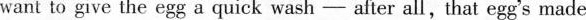
want to give the egg a quick wash - after all,that egg's made